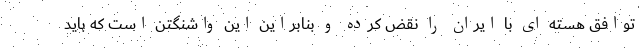
توافق هسته ای با ایران را نقض کرده و بنابراین این واشنگتن است که باید